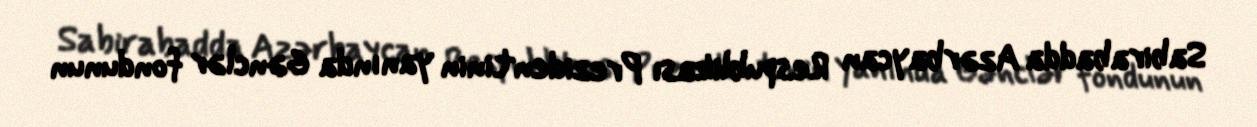
Sabirabadda Azərbaycan Respublikası Prezidentinin yanında Gənclər fondunun